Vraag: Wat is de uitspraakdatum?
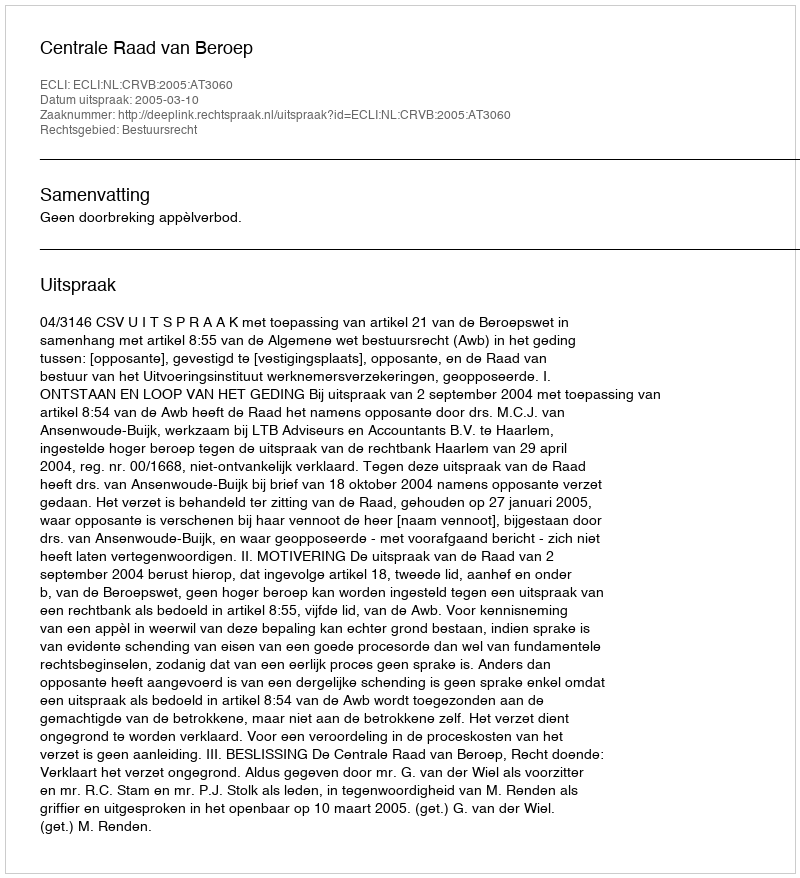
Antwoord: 2005-03-10